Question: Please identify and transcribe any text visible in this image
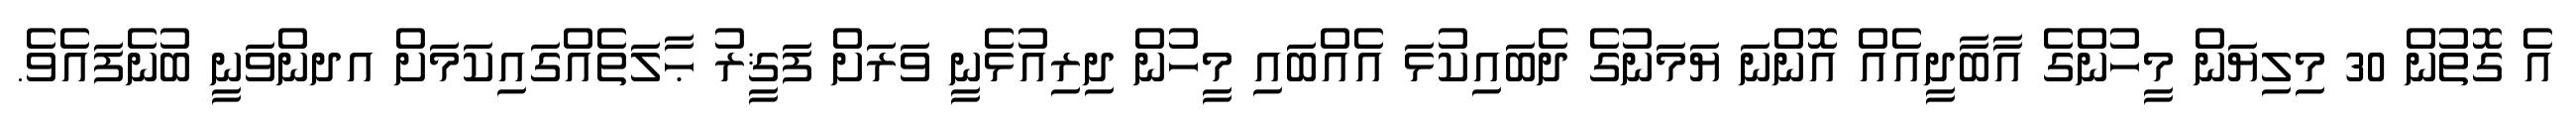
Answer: އެ ގޮތުން 30 މިލިޔަން މީހުންގެ އާބާދީއެއް އޮންނަ ޔަމަނުގެ ދެބައިކުޅަ އެއްބައި މީހުން ދިރިއުޅެނީ ވަރަށް ފަޤީރު ޙާލަތެއްގައިކަމަށް އދންވަނީ ބުނެފައެވެ.